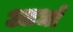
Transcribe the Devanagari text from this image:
आर्धा